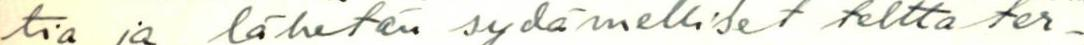
tia ja lähetän sydämelliset teltta ter-